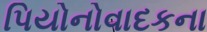
પિયોનોવાદકના